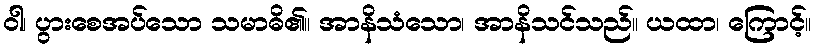
ဝါ၊ ပွားစေအပ်သော သမာဓိ၏။ အာနိသံသော၊ အာနိသင်သည်။ ယထာ၊ ကြောင့်။